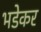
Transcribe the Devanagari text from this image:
भडेकर